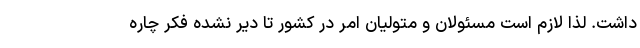
داشت. لذا لازم است مسئولان و متولیان امر در کشور تا دیر نشده فکر چاره